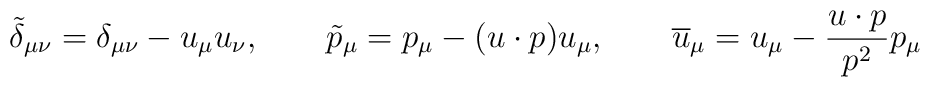
\tilde{\delta}_{\mu\nu} = \delta_{\mu\nu} - u_{\mu}u_{\nu},\qquad\tilde{p}_{\mu} = p_{\mu} - (u\cdot p) u_{\mu},\qquad\overline{u}_{\mu} = u_{\mu} - \frac{u\cdot p}{p^{2}} p_{\mu}